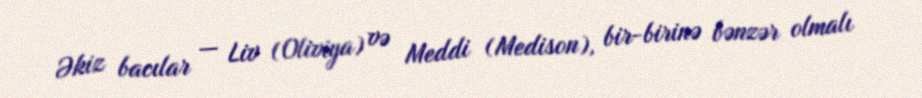
Əkiz bacılar — Liv (Oliviya) və Meddi (Medison), bir-birinə bənzər olmalı